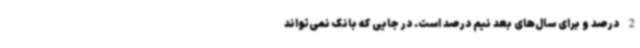
2 درصد و برای سال‌های بعد نیم درصد است. در جایی که بانک نمی‌تواند